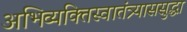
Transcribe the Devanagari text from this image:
अभिव्यक्तिस्वातंत्र्याससुद्धा